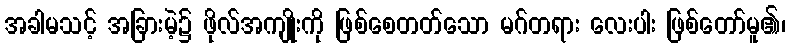
အခါမသင့် အခြားမဲ့၌ ဖိုလ်အကျိုးကို ဖြစ်စေတတ်သော မဂ်တရား လေးပါး ဖြစ်တော်မူ၏၊